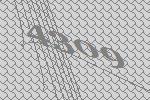
4309